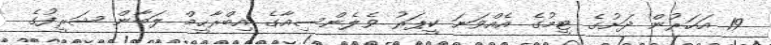
19 އަހަރުން ދަށުގެ ޓީމުގެ އެއްވަނަ ކީޕަރު ވެލެންސިއާގެ އިބްރާހީމް ލަބާން ޝަރީފުގެ